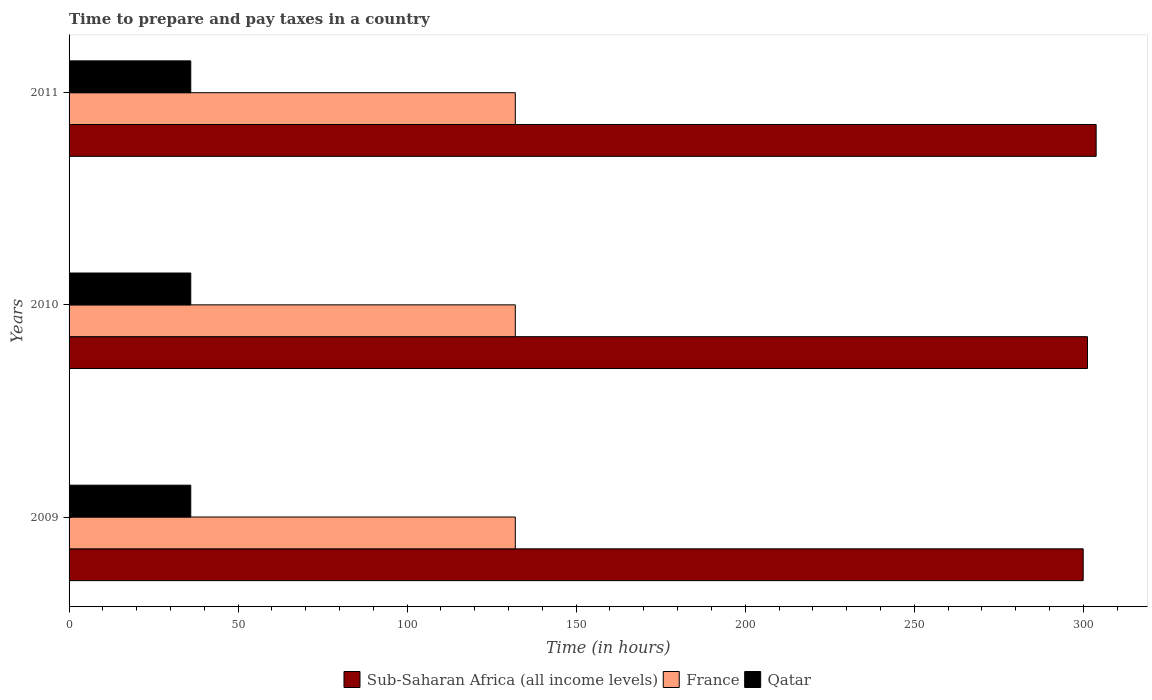
| Years | Sub-Saharan Africa (all income levels) | France | Qatar |
 | --- | --- | --- | --- |
 | 2009 | 300 | 132 | 36 |
 | 2010 | 301 | 132 | 36 |
 | 2011 | 304 | 132 | 36 |